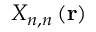
X _ { n , n } \left( \mathbf { r } \right)